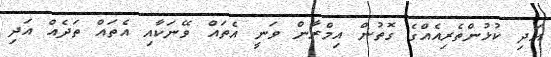
އަދި ކުޅުންތެރިއެއްގެ ގޮތުން އިމްރާން ވަނީ އެތައް ވޭނަކާއި އެތައް ތަދެއް އަދި